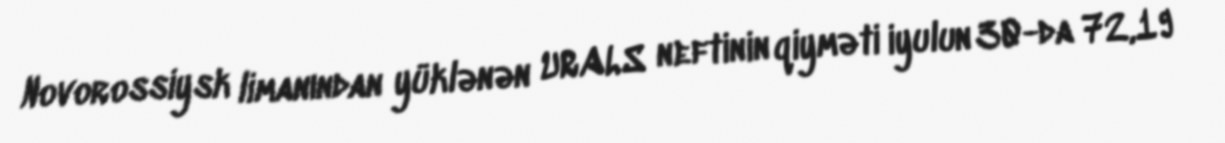
Novorossiysk limanından yüklənən URALS neftinin qiyməti iyulun 30-da 72,19